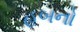
હબનો